Report of the Indian Hemp Drugs Commission, 1894-1895 - Volume VII
Year: 1894
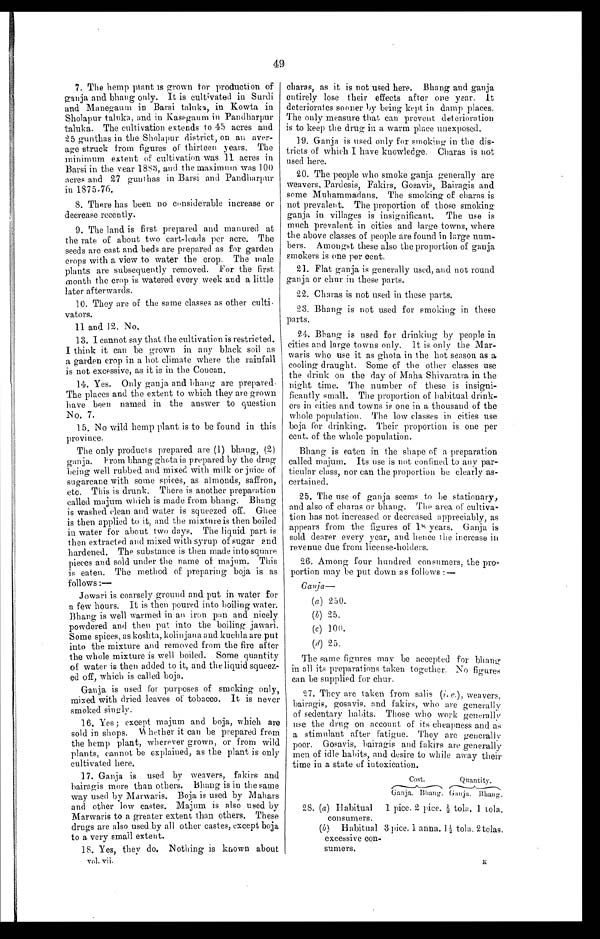
49
7. The hemp plant is grown for production of
ganja and bhang only. It is cultivated in Surdi
and Manegaum in Barsi taluka, in Kowta in
Sholapur taluka, and in Kasegaum in Pandharpur
taluka. The cultivation extends to 45 acres and
25 gunthas in the Sholapur district, on an aver-
age struck from figures of thirteen years. The
minimum extent of cultivation was 11 acres in
Barsi in the Year 1883, and the maximum was 100
acres and 27 gunthas in Barsi and Pandharpur
in 1875-76.
8. There has been no considerable increase or
decrease recently.
9. The land is first prepared and manured at
the rate of about two cart-loads per acre. The
seeds are cast and beds are prepared as for garden
crops with a view to water the crop. The male
plants are subsequently removed. For the first
month the crop is watered every week and a little
later afterwards.
10. They are of the same classes as other culti
-vators.
11 and 12. No.
13. I cannot say that the cultivation is restricted.
I think it can be grown in any black soil as
a garden crop in a hot climate where the rainfall
is not excessive, as it is in the Concan.
14. Yes. Only ganja and bhang are prepared.
The places and the extent to which they are grown
have been named in the answer to question
No. 7.
15. No wild hemp plant is to be found in this
province.
The only products prepared are (1) bhang, (2)
ganja. From bhang ghota is prepared by the drug
being well rubbed and mixed with milk or juice of
sugarcane with some spices, as almonds, saffron,
etc. This is drunk. There is another preparation
called majum which is made from bhang. Bhang
is washed clean and water is squeezed off. Ghee
is then applied to it, and the mixture is then boiled
in water for about two days, The liquid part is
then extracted and mixed with syrup of sugar and
hardened. The substance is then made into square
pieces and sold under the name of majum. This
is eaten. The method of preparing boja is as
follows :—
Jowari is coarsely ground and put in water for
a few hours. It is then poured into boiling water.
Bhang is well warmed in an iron pan and nicely
powdered and then put into the boiling jawari.
Some spices, as koshta, kolinjana and kuchla are put
into the mixture and removed from the fire after
the whole mixture is well boiled. Some quantity
of water is then added to it, and the liquid squeez-
-ed off, which is called boja.
Ganja is used for purposes of smoking only,
mixed with dried leaves of tobacco. It is never
smoked singly.
16. Yes ; except majum and boja, which are
sold in shops. Whether it can be prepared from
the hemp plant, wherever grown, or from wild
plants, cannot be explained, as the plant is only
cultivated here.
17. Ganja is used by weavers, fakirs and
bairagis more than others. Bhang is in the same
way used by Marwaris. Boja is used by Mahars
and other low castes. Majum is also used by
Marwaris to a greater extent than others. These
drugs are also used by all other castes, except boja
to a very small extent.
18. Yes, they do, Nothing is known about
vol. vii.
charas, as it is not used here. Bhang and ganja
entirely lose their effects after one year, It
deteriorates sooner by being kept in damp places,
The only measure that can prevent deterioration
is to keep the drug in a warm place unexposed.
19. Ganja is used only for smoking in the dis-
tricts of which I have knowledge. Charas is not
used here.
20. The people who smoke ganja generally are
weavers, Pardesis, Fakirs, Gosavis, Bairagis and
some Muhammadans. The smoking of charas is
not prevalent. The proportion of those smoking
ganja in villages is insignificant. The use is
much prevalent in cities and large towns, where
the above classes of people are found in large num-
bers. Amongst these also the proportion of ganja
smokers is one per cent.
21. Flat ganja is generally used, and not round
ganja or chur in these parts.
22. Charas is not used in these parts.
23. Bhang is not used for smoking in these
parts.
24. Bhang is used for drinking by people in
cities and large towns only. It is only the Mar-
waris who use it as ghota in the hot season as a
cooling draught. Some of the other classes use
the drink on the day of Maha Shivaratra in the
night time. The number of these is insigni-
ficantly small. The proportion of habitual drink--
ers in cities and towns is one in a thousand of the
whole population. The low classes in cities use
boja for drinking. Their proportion is one per
cent. of the whole population.
Bhang is eaten in the shape of a preparation
called majum. Its use is not confined to any par-
ticular class, nor can the proportion be clearly as--
certained.
25. The use of ganja seems to be stationary,
and also of charas or bhang. The area of cultiva-
tion has not increased or decreased appreciably, as
appears from the figures of 18 years, Ganja is
sold dearer every year, and hence the increase in
revenue due from license-holders.
26. Among four hundred consumers, the pro-
portion may be put down as follows :—
Ganja —
(a) 250.
(b) 25.
(c)
1 0 0 .
(
d)
2 5 .
The same figures may be accepted for bhang
in all its preparations taken together. No figures
can be supplied for chur.
27. They are taken from salis (i.e .), weavers,
bairagis, gosavis , and fakirs, who are generally
of sedentary habits. Those who work generally
use the drug on account of its cheapness and as
a stimulant after fatigue. They are generally
poor. Gosavis, bairagis and fakirs are generally
men of idle habits, and desire to while away their
time in a state of intoxication.
Cost.
Quantity.
Ganja. Bhang. Ganja. Bhang.
28. (a) Habitual
consumers.
1 pice. 2 pice.
1 ½ t o l a . 1 tola.
(b) Habitual
excessive con-
sumers.
3 pice. 1 anna. 1½ tola. 2tolas.